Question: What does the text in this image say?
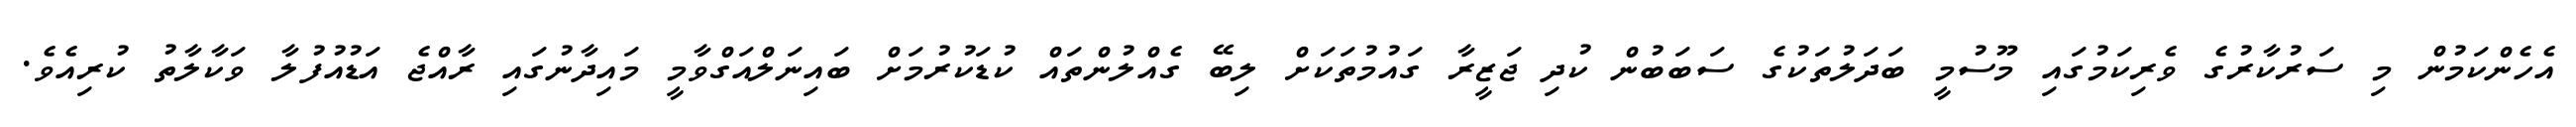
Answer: އެހެންކަމުން މި ސަރުކާރުގެ ވެރިކަމުގައި މޫސުމީ ބަދަލުތަކުގެ ސަބަބުން ކުދި ޖަޒީރާ ގައުމުތަކަށް ލިބޭ ގެއްލުންތައް ކުޑަކުރުމަށް ބައިނަލްއަގްވާމީ މައިދާނުގައި ރާއްޖެ އަޑުއުފުލާ ވަކާލާތު ކުރިއެވެ.